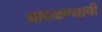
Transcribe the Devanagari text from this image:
आदळण्याची